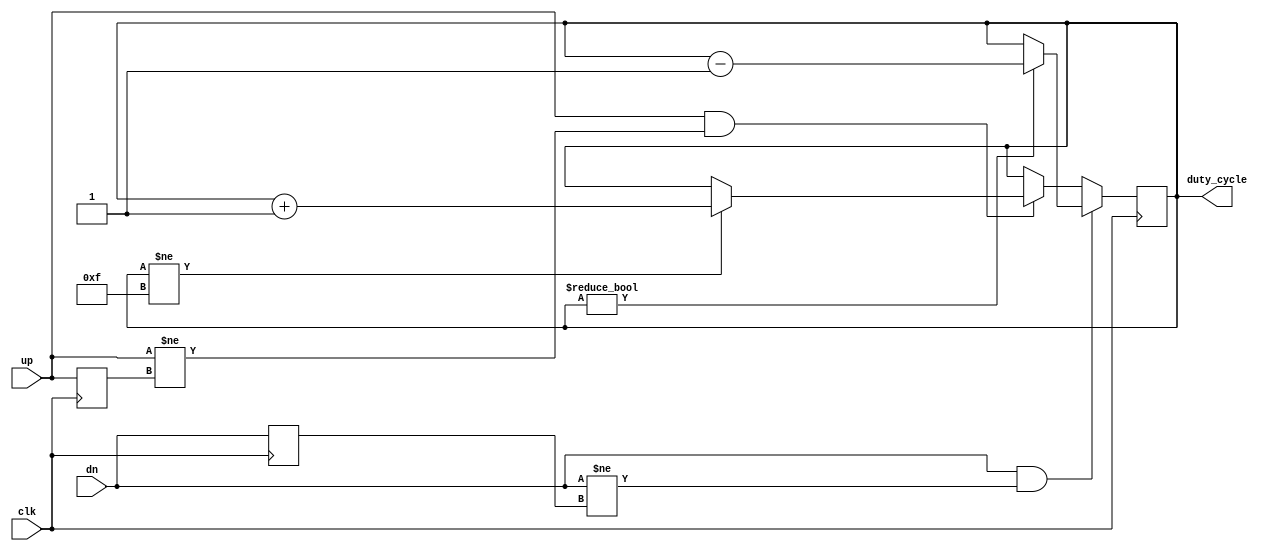
/*****************************************************************************
* Generate 4 bit duty cycle word,  each count (6.25%) corresponding to 
* 1 of 16 duty cycle percentages
******************************************************************************/
module duty_cycle (
	input clk,
	input up, 
	input dn,
	output reg [3:0] duty_cycle
);
reg oldup;
reg olddn;
initial 
begin
	duty_cycle=4'b0001;
	olddn=1'b0;
	oldup=1'b0;
	
end




always @(posedge clk)
begin
	if (dn == 1 && dn != olddn )begin    		// detect rising edge on the dn button input
		if (duty_cycle!=4'b0000 )    				// lower limit
			duty_cycle <= duty_cycle - 1'b1;
	end
	else begin
		if (up == 1 && up != oldup )begin		// detect rising edge on the up button input
			if (duty_cycle!=4'b1111 )				// upper limit
			duty_cycle <= duty_cycle + 1'b1;
		end
	end
	oldup = up; //save away previous value of up button for edge detection
	olddn = dn; //save away previous value of dn button for edge detection
end

endmodule